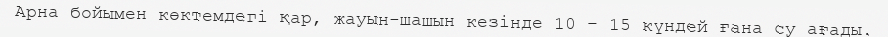
Арна бойымен көктемдегі қар, жауын-шашын кезінде 10 – 15 күндей ғана су ағады.